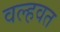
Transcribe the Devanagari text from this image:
वल्हवत